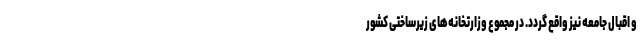
و اقبال جامعه نیز واقع گردد. در مجموع وزارتخانه‌های زیرساختی کشور